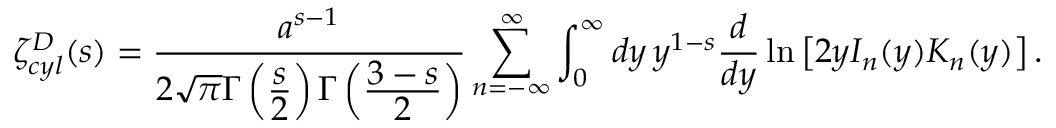
\zeta _ { c y l } ^ { D } ( s ) = \frac { a ^ { s - 1 } } { 2 \sqrt { \pi } \Gamma \left( \frac { \displaystyle s } { \displaystyle 2 } \right) \Gamma \left( \frac { \displaystyle 3 - s } { \displaystyle 2 } \right) } \sum _ { n = - \infty } ^ { \infty } \int _ { 0 } ^ { \infty } d y \, y ^ { 1 - s } \frac { d } { d y } \ln \left[ 2 y I _ { n } ( y ) K _ { n } ( y ) \right] .